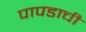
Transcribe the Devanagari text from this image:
पापडाची